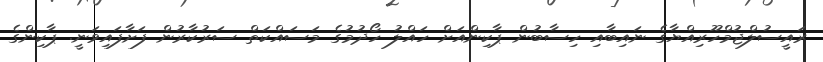
ރައީސުލްޖުމްހޫރިއްޔާގެ ނައިބާއި ހިސާބުން ޕާކިންއަށް ހައްލު ހޯދުމުގެ މަސައްކަތް ސަރުކާރުން ފަށާފައިވަނީ. ޕާކިންގެ